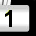
Digit: 1